Annual report of the Imperial Bacteriologist
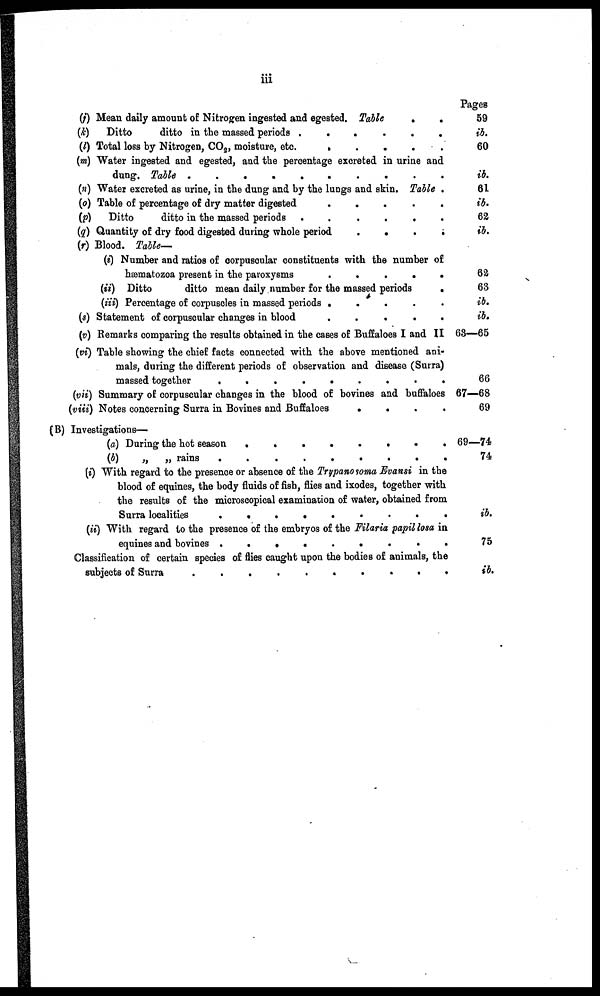
iii
(i) Mean daily amount of Nitrogen ingested and egested. Table
.
.
(k) Ditto
ditto in the massed periods
......
(l) Total loss by Nitrogen, CO 2 , moisture, etc.
.
.
.
.
.
(m) Water ingested and egested, and the percentage excreted in urine and
dung. Table
(n) Water excreted as urine, in the dung and by the lungs and skin. Table ,
(o) Table of percentage of dry matter digested
(p) Ditto
ditto in the massed periods .
....
(q) Quantity of dry food digested during whole period
.
.
.
.
(r) Blood. Table—
(i) Number and ratios of corpuscular constituents with the number of
hæmatozoa present in the paroxysms
.
.
.
.
.
(it) Ditto
ditto mean daily number for the massed periods
.
(iii) Percentage of corpuscles in massed periods
.....
(9) Statement of corpuscular changes in blood
.....
(v) Remarks comparing the results obtained in the cases of Buffaloes I and II
(vi) Table showing the chief facts connected with the above mentioned ani-
mals, during the different periods of observation and disease (Surra)
massed together
.........
(vii) Summary of corpuscular changes in the blood of bovines and buffaloes
(viii) Notes concerning Surra in Bovines and Buffaloes
....
(B) Investigations—
(a) During the hot season
.......
(b)
„ „ rains
.
.
.......
(i) With regard to the presence or absence of the Trypanosoma Evansi in the
blood of equines, the body fluids of fish, flies and ixodes, together with
the results of the microscopical examination of water, obtained from
Surra localities
........
(ii) With regard to the presence of the embryos of the Filaria papil losa in
equines and bovines
.........
Classification of certain species of flies caught upon the bodies of animals, the
subjects of Surra
..........
Pages
59
ib.
60
ib.
61
ib.
62
ib.
62
63
ib.
ib.
63—65
66
67—68
69
69—74
74
ib.
75
ib.